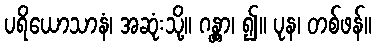
ပရိယောသာနံ၊ အဆုံးသို့။ ဂန္တွာ၊ ၍။ ပုန၊ တစ်ဖန်။